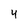
Character: 4